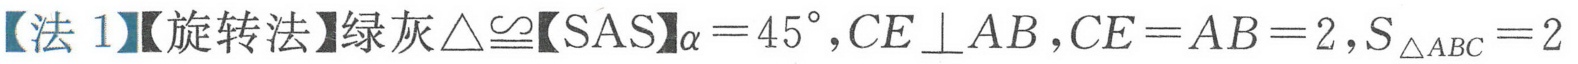
【法 1】【旋转法】绿灰\(\triangle\cong\)【SAS】\(\alpha = 45^{\circ}\)，\(CE\perp AB\)，\(CE = AB = 2\)，\(S_{\triangle ABC}=2\)